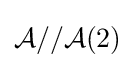
{\mathcal {A}}//{\mathcal {A}}(2)